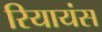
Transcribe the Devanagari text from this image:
रियायंस